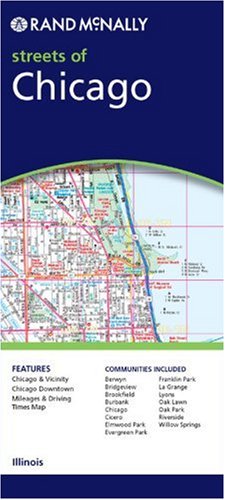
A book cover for Chicago Streets (Rand McNally Folded Map: Cities); Rand McNally; Travel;